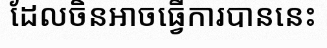
ដែលចិនអាចធ្វើការបាននេះ